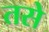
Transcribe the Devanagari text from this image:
तसेे